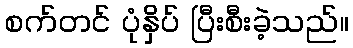
စက်တင် ပုံနှိပ် ပြီးစီးခဲ့သည်။